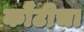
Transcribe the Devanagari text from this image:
कौंटीचा